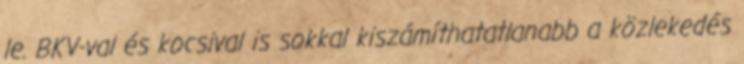
le. BKV-val és kocsival is sokkal kiszámíthatatlanabb a közlekedés